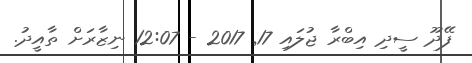
ފޭދޫ ސީދި އިބްރާ ޖުލައި 17